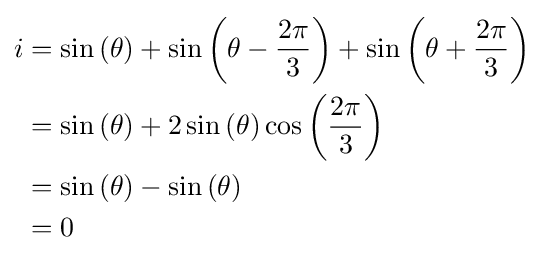
{\begin{aligned}i&=\sin \left(\theta \right)+\sin \left(\theta -{\frac {2\pi }{3}}\right)+\sin \left(\theta +{\frac {2\pi }{3}}\right)\\&=\sin \left(\theta \right)+2\sin \left(\theta \right)\cos \left({\frac {2\pi }{3}}\right)\\&=\sin \left(\theta \right)-\sin \left(\theta \right)\\&=0\end{aligned}}